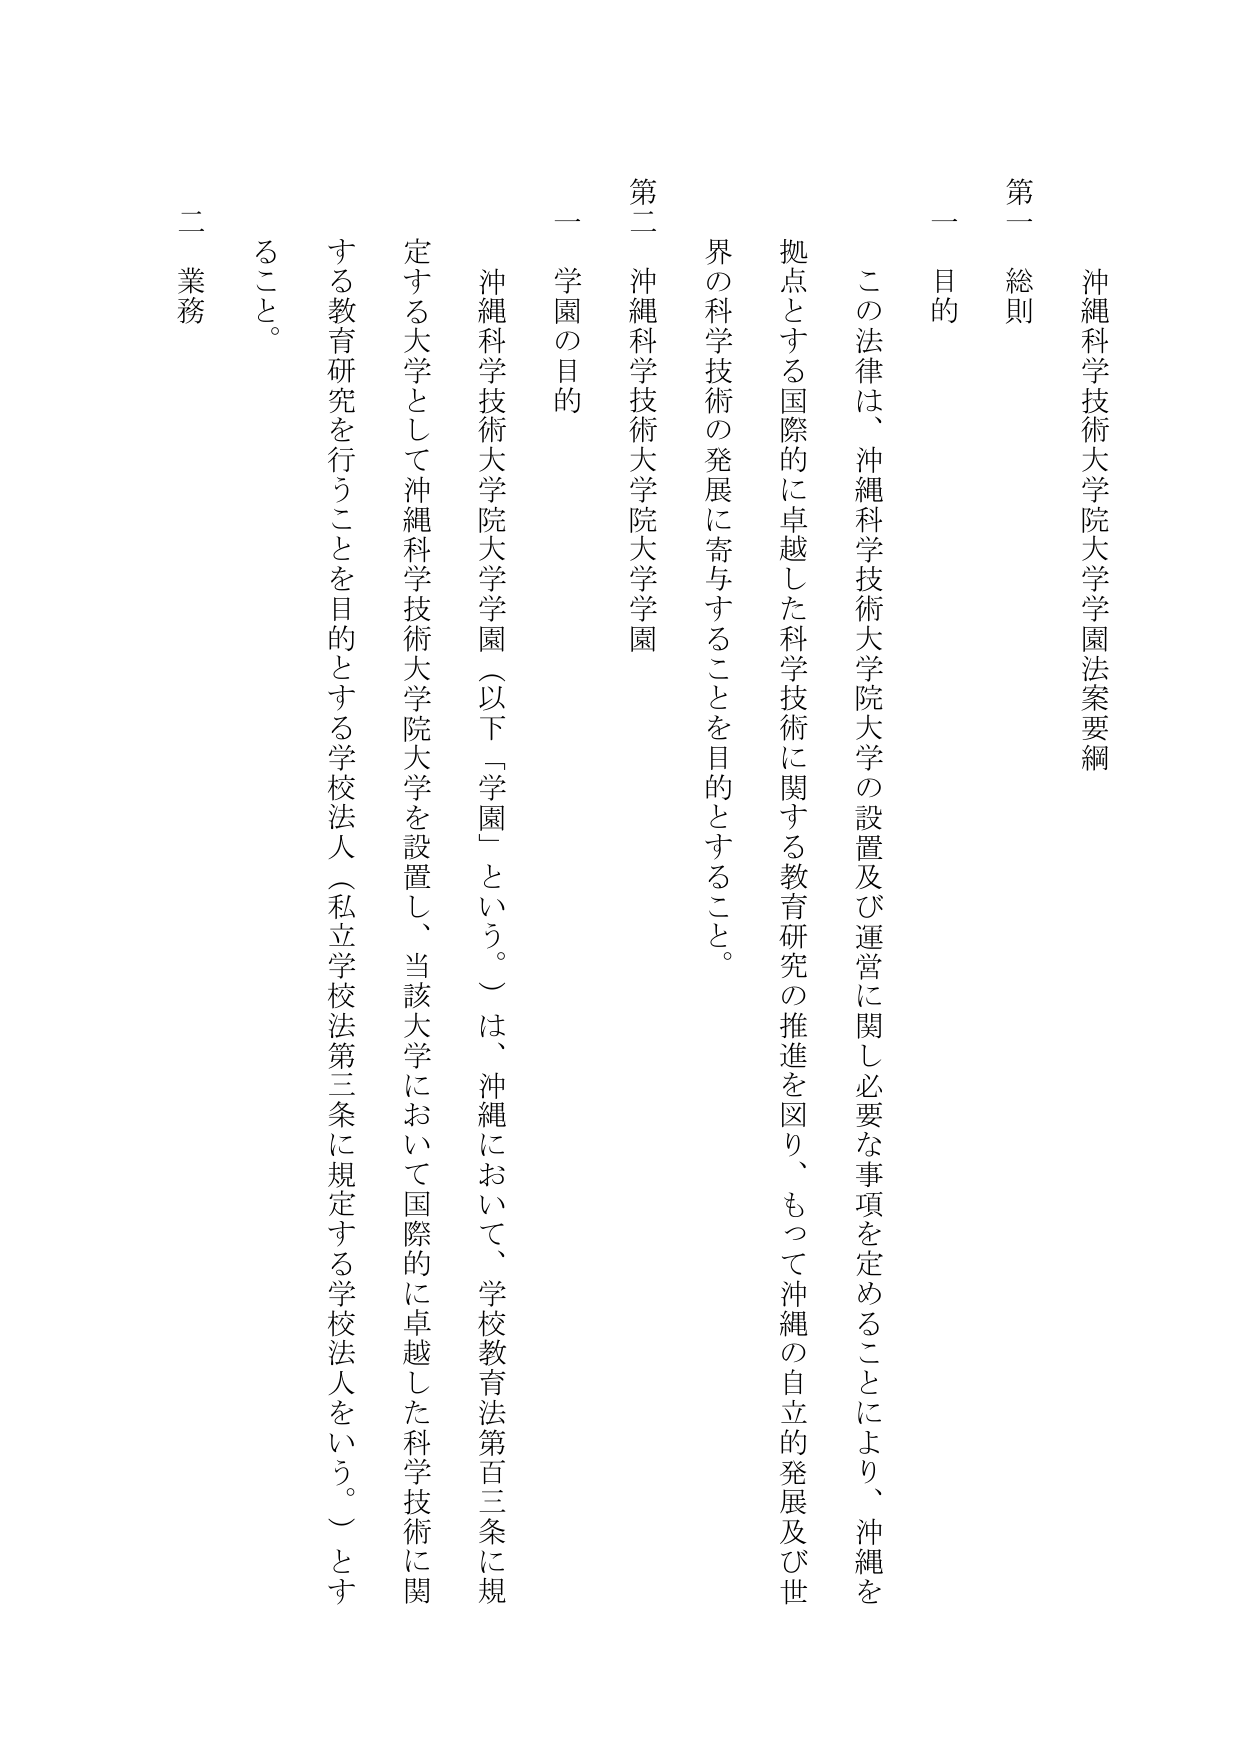
沖縄科学技術大学院大学学園法案要綱

第一 総則

一 目的

この法律は、沖縄科学技術大学院大学の設置及び運営に関し必要な事項を定めることにより、沖縄を拠点とする国際的に卓越した科学技術に関する教育研究の推進を図り、もって沖縄の自立的発展及び世界の科学技術の発展に寄与することを目的とする。

第二 沖縄科学技術大学院大学学園

一 学園の目的

沖縄科学技術大学院大学学園（以下「学園」という。）は、沖縄において、学校教育法第百三条に規定する大学として沖縄科学技術大学院大学を設置し、当該大学において国際的に卓越した科学技術に関する教育研究を行うことを目的とする学校法人（私立学校法第三条に規定する学校法人をいう。）とする。

二 業務